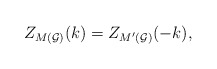
\begin{align*}Z_{M({\cal G)}}(k)=Z_{M^{\prime }({\cal G)}}(-k), \end{align*}